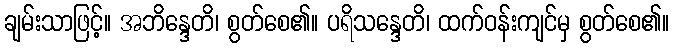
ချမ်းသာဖြင့်။ အဘိန္ဒေတိ၊ စွတ်စေ၏။ ပရိသန္ဒေတိ၊ ထက်ဝန်းကျင်မှ စွတ်စေ၏။